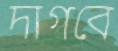
দাগবে